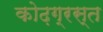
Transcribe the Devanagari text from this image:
कोढ़ग्रस्त